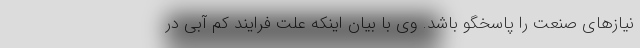
نیازهای صنعت را پاسخگو باشد. وی با بیان اینکه علت فرایند کم آبی در